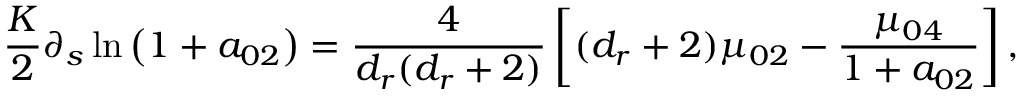
\frac { K } { 2 } \partial _ { s } \ln \left( 1 + a _ { 0 2 } \right) = \frac { 4 } { { d _ { r } } ( { d _ { r } } + 2 ) } \left[ ( { d _ { r } } + 2 ) \mu _ { 0 2 } - \frac { \mu _ { 0 4 } } { 1 + a _ { 0 2 } } \right] ,